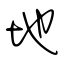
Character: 地